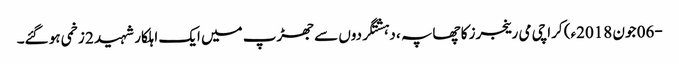
-06 جون 2018ء) کراچی می رینجرز کا چھاپہ ، دہشتگردوں سے جھڑپ میں ایک اہلکار شہید 2 زخمی ہو گئے۔